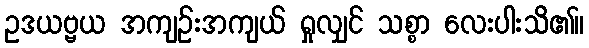
ဥဒယဗ္ဗယ အကျဉ်းအကျယ် ရှုလျှင် သစ္စာ လေးပါးသိ၏။